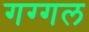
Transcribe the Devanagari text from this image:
गग्‍गल